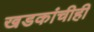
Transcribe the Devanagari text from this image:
खडकांचीही